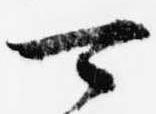
可